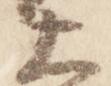
大